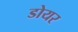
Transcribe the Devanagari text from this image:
डोयर